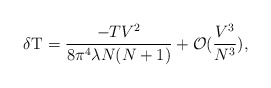
\begin{align*}\delta{\rm T}=\frac{-TV^2}{8\pi^4\lambda N(N+1)}+{\cal O}(\frac{V^3}{N^3}), \end{align*}